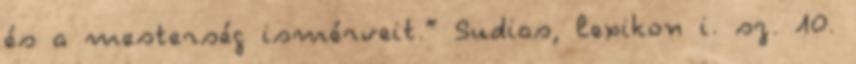
és a mesterség ismérveit.” Sudias, lexikon i. sz. 10.